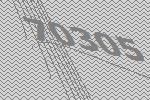
70305